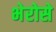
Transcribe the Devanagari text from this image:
भेरोसे